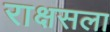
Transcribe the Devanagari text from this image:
राक्षसला